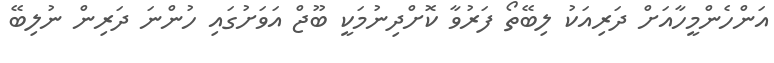
އަންހެންމީހާއަށް ދަރިއަކު ލިބޭތޯ ފަރުވާ ކޮށްދިނުމަކީ ބޫޖް އަވަށުގައި ހުންނަ ދަރިން ނުލިބޭ